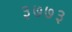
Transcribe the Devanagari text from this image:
३७७३